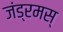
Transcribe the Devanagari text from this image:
जंड्रमस्